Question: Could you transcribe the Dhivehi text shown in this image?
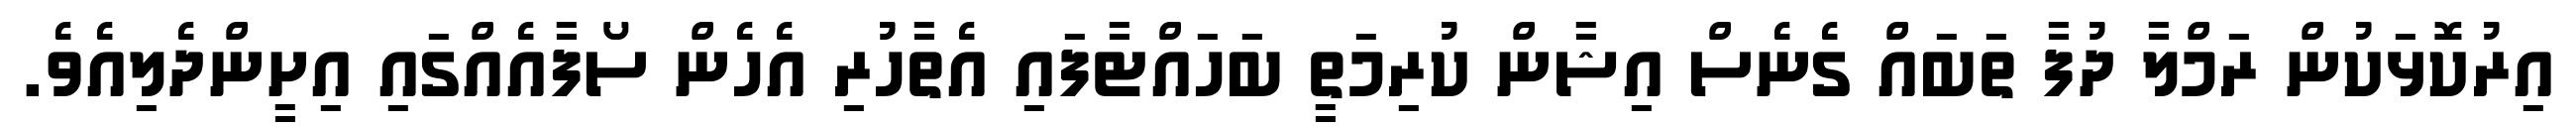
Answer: އިރުކޮޅަކުން ރަމްލާ ދުފާ ތަބައް ގެނެސް އިޝާން ކުރިމަތީ ބަހައްޓާފައި އެތާހުރި އެހެން ސޯފާއެއްގައި އިށީންދެލިއެވެ.